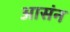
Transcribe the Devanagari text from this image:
आसंन